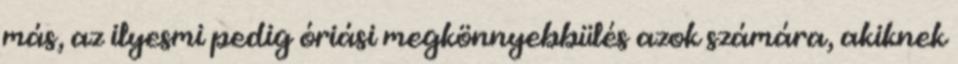
más, az ilyesmi pedig óriási megkönnyebbülés azok számára, akiknek